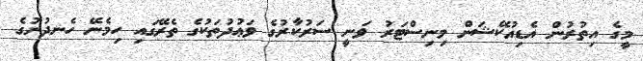
މީގެ އިތުރުން އެޑިއުކޭޝަން މިނިސްޓަރު ވަނީ ސަރުކާރުގެ ވަޢުދުތަކުގެ ތެރޭގައި ހިމެނޭ ހެނދުނުގެ